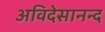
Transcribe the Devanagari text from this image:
अविदेसानन्द